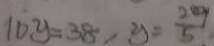
1 0 y = 3 8 , y = \frac { 2 9 } { 5 }